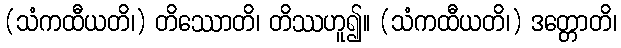
(သံကထီယတိ၊) တိဿောတိ၊ တိဿဟူ၍။ (သံကထီယတိ၊) ဒတ္တောတိ၊